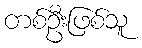
တစ်ဦးဖြစ်သူ